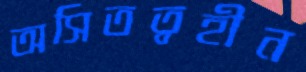
অসিতত্বহীন